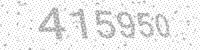
Solution: 415950